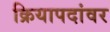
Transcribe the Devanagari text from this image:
क्रियापदांवर